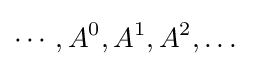
\cdots ,A^{0},A^{1},A^{2},\dots